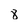
Character: 8